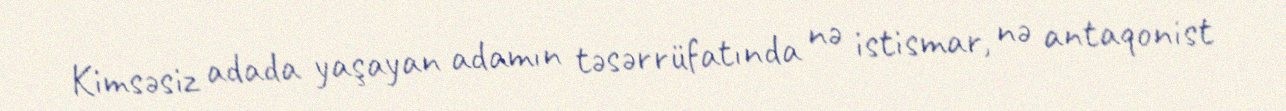
Kimsəsiz adada yaşayan adamın təsərrüfatında nə istismar, nə antaqonist